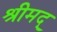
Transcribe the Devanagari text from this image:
श्रीमद्‍